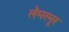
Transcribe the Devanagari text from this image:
लैमरमूर